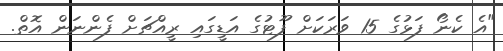
"އެ ކެނޯ ފަޅުގެ 15 ވަަރަކަށް ފޫޓުގެ އަޑީގައި ރީއްޗަށް ފެންނަން އޮތް.